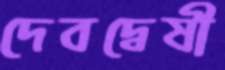
দেবদ্বেষী